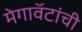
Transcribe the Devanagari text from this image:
मेगावॅटांची